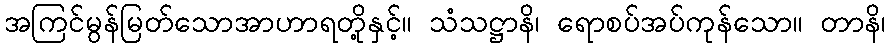
အကြင်မွန်မြတ်သောအာဟာရတို့နှင့်။ သံသဋ္ဌာနိ၊ ရောစပ်အပ်ကုန်သော။ တာနိ၊